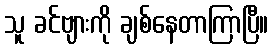
သူ ခင်ဗျားကို ချစ်နေတာကြာပြီ။